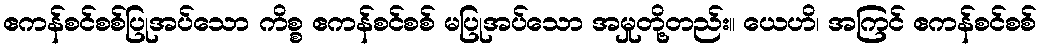
ဧကန်စင်စစ်ပြုအပ်သော ကိစ္စ ဧကန်စင်စစ် မပြုအပ်သော အမှုတို့တည်း။ ယေဟိ၊ အကြင် ဧကန်စင်စစ်